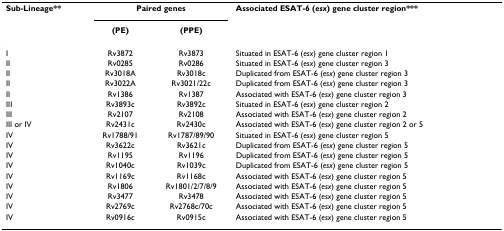
<table><thead><tr><td><b>Sub-Lineage**</b></td><td colspan="2"><b>Paired genes</b></td><td><b>Associated ESAT-6 (<i>esx</i>) gene cluster region***</b></td></tr><tr><td></td><td><b>(PE)</b></td><td><b>(PPE)</b></td><td></td></tr></thead><tbody><tr><td>I</td><td>Rv3872</td><td>Rv3873</td><td>Situated in ESAT-6 (<i>esx</i>) gene cluster region 1</td></tr><tr><td>II</td><td>Rv0285</td><td>Rv0286</td><td>Situated in ESAT-6 (<i>esx</i>) gene cluster region 3</td></tr><tr><td>II</td><td>Rv3018A</td><td>Rv3018c</td><td>Duplicated from ESAT-6 (<i>esx</i>) gene cluster region 3</td></tr><tr><td>II</td><td>Rv3022A</td><td>Rv3021/22c</td><td>Duplicated from ESAT-6 (<i>esx</i>) gene cluster region 3</td></tr><tr><td>II</td><td>Rv1386</td><td>Rv1387</td><td>Associated with ESAT-6 (<i>esx</i>) gene cluster region 3</td></tr><tr><td>III</td><td>Rv3893c</td><td>Rv3892c</td><td>Situated in ESAT-6 (<i>esx</i>) gene cluster region 2</td></tr><tr><td>III</td><td>Rv2107</td><td>Rv2108</td><td>Associated with ESAT-6 (<i>esx</i>) gene cluster region 2</td></tr><tr><td>III or IV</td><td>Rv2431c</td><td>Rv2430c</td><td>Associated with ESAT-6 (<i>esx</i>) gene cluster region 2 or 5</td></tr><tr><td>IV</td><td>Rv1788/91</td><td>Rv1787/89/90</td><td>Situated in ESAT-6 (<i>esx</i>) gene cluster region 5</td></tr><tr><td>IV</td><td>Rv3622c</td><td>Rv3621c</td><td>Duplicated from ESAT-6 (<i>esx</i>) gene cluster region 5</td></tr><tr><td>IV</td><td>Rv1195</td><td>Rv1196</td><td>Duplicated from ESAT-6 (<i>esx</i>) gene cluster region 5</td></tr><tr><td>IV</td><td>Rv1040c</td><td>Rv1039c</td><td>Duplicated from ESAT-6 (<i>esx</i>) gene cluster region 5</td></tr><tr><td>IV</td><td>Rv1169c</td><td>Rv1168c</td><td>Associated with ESAT-6 (<i>esx</i>) gene cluster region 5</td></tr><tr><td>IV</td><td>Rv1806</td><td>Rv1801/2/7/8/9</td><td>Associated with ESAT-6 (<i>esx</i>) gene cluster region 5</td></tr><tr><td>IV</td><td>Rv3477</td><td>Rv3478</td><td>Associated with ESAT-6 (<i>esx</i>) gene cluster region 5</td></tr><tr><td>IV</td><td>Rv2769c</td><td>Rv2768c/70c</td><td>Associated with ESAT-6 (<i>esx</i>) gene cluster region 5</td></tr><tr><td>IV</td><td>Rv0916c</td><td>Rv0915c</td><td>Associated with ESAT-6 (<i>esx</i>) gene cluster region 5</td></tr></tbody></table>